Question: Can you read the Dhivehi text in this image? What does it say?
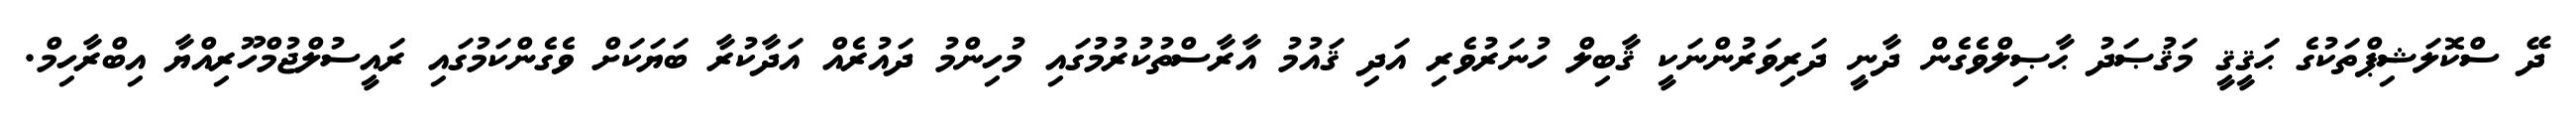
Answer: ދޭ ސްކޮލަޝިޕްތަކުގެ ޙަޤީޤީ މަޤުޞަދު ޙާޞިލްވެގެން ދާނީ ދަރިވަރުންނަކީ ޤާބިލް ހުނަރުވެރި އަދި ޤައުމު އާރާސްތުކުރުމުގައި މުހިންމު ދައުރެއް އަދާކުރާ ބަޔަކަށް ވެގެންކަމުގައި ރައީސުލްޖުމްހޫރިއްޔާ އިބްރާހިމް.